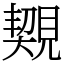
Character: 䚉